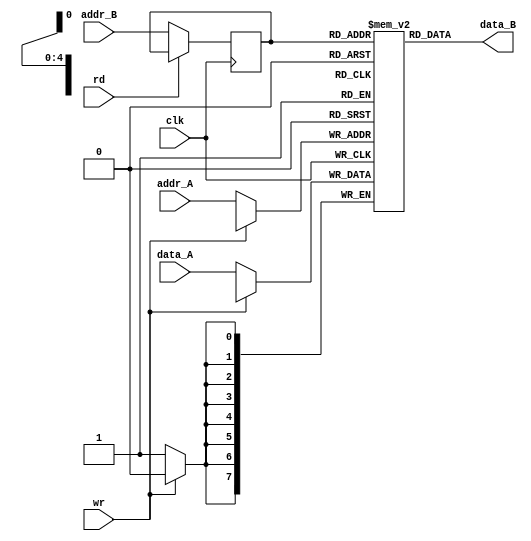
`timescale 1ns/1ns
module memory #( 
    parameter  W = 8,
              L = 5
    ) (
   input  wire 	      clk, 
    input  wire [W-1 : 0] data_A, 
    input  wire [L-1 : 0]  addr_A, 
    output wire [W-1 : 0]  data_B, //
    input  wire [L-1 : 0] addr_B, 
    input  wire 	      rd, 
		              wr 
    ); 
    reg [W-1 : 0] mem [(1<<L)-1 : 0]; 
    reg [L-1 : 0] addr_rd;
    assign data_B = mem[addr_rd]; 
    always @( posedge clk) 
         if(!rd)
addr_rd <= addr_B; 

    always @( posedge clk) 
       if(!wr)
mem[addr_A] <= data_A; 
endmodule